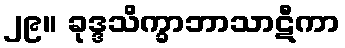
၂၉။ ခုဒ္ဒသိက္ခာဘာသာဋီကာ